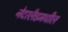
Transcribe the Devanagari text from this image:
नेदरलँडमधील